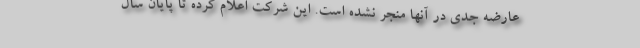
عارضه جدی در آنها منجر نشده است. این شرکت اعلام کرده تا پایان سال